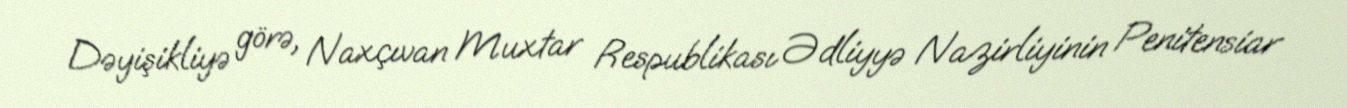
Dəyişikliyə görə, Naxçıvan Muxtar Respublikası Ədliyyə Nazirliyinin Penitensiar